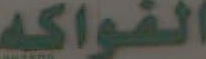
الفواكه